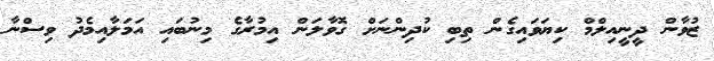
ޒުވާން ދީނީއިލްމް ކިޔަވައިގެން ތިބި ކުދިންނަށް ގޮވާލަން އިމުރާގެ މިނުބައި އަމަލާއިމެދު ވިސްނާ